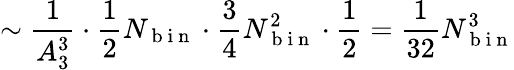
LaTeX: \sim\frac{1}{A_{3}^{3}}\cdot\frac{1}{2}N_{\mathrm{~b~i~n~}}\cdot\frac{3}{4}N_{\mathrm{~b~i~n~}}^{2}\cdot\frac{1}{2}=\frac{1}{32}N_{\mathrm{~b~i~n~}}^{3}